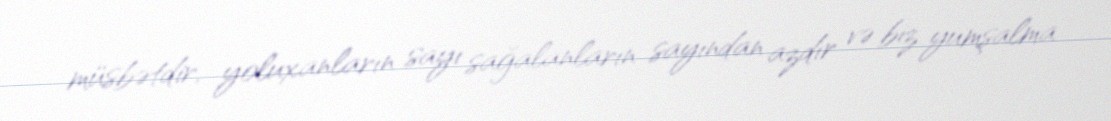
müsbətdir, yoluxanların sayı sağalanların sayından azdır və biz yumşalma